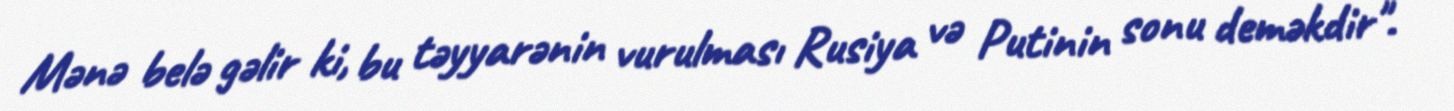
Mənə belə gəlir ki, bu təyyarənin vurulması Rusiya və Putinin sonu deməkdir".